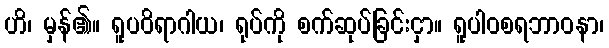
ဟိ၊ မှန်၏။ ရူပဝိရာဂါယ၊ ရုပ်ကို စက်ဆုပ်ခြင်းငှာ။ ရူပါဝစရဘာဝနာ၊